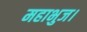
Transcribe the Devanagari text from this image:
महाभुज।